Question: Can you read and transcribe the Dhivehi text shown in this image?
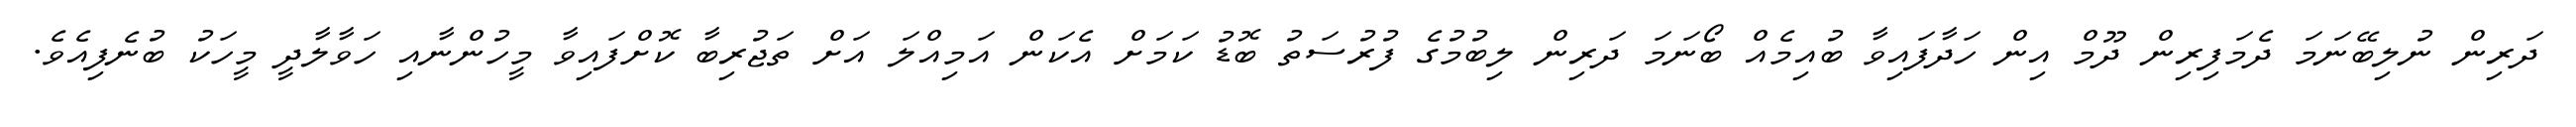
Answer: ދަރިން ނުލިބޭނަމަ ދެމަފިރިން ދޫމް އިން ހަދާފައިވާ ބުއިމެއް ބޯނަމަ ދަރިން ލިބުމުގެ ފުރުސަތު ބޮޑު ކަމަށް އެކަން އަމިއްލަ އަށް ތަޖުރިބާ ކޮށްފައިވާ މީހުންނާއި ހަވާލާދީ މީހަކު ބުނެފިއެވެ.